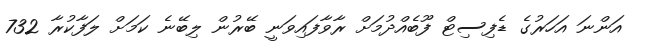
އަންނަ އަހަރުގެ ޑެފިސިޓް ފޫބެއްދުމަށް ރާވާފައިވަނީ ބޭރުން ލިބޭނެ ކަމަށް ލަފާކުރާ 732